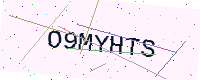
Text: O9MYHTS